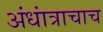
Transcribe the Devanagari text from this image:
अंधांत्राचाच